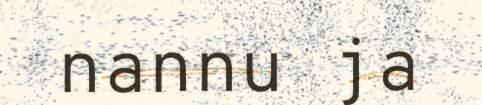
nannu ja